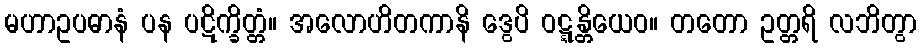
မဟာဥပဓာနံ ပန ပဋိက္ခိတ္တံ။ အလောဟိတကာနိ ဒွေပိ ဝဋ္ဋန္တိယေဝ။ တတော ဥတ္တရိ လဘိတွာ